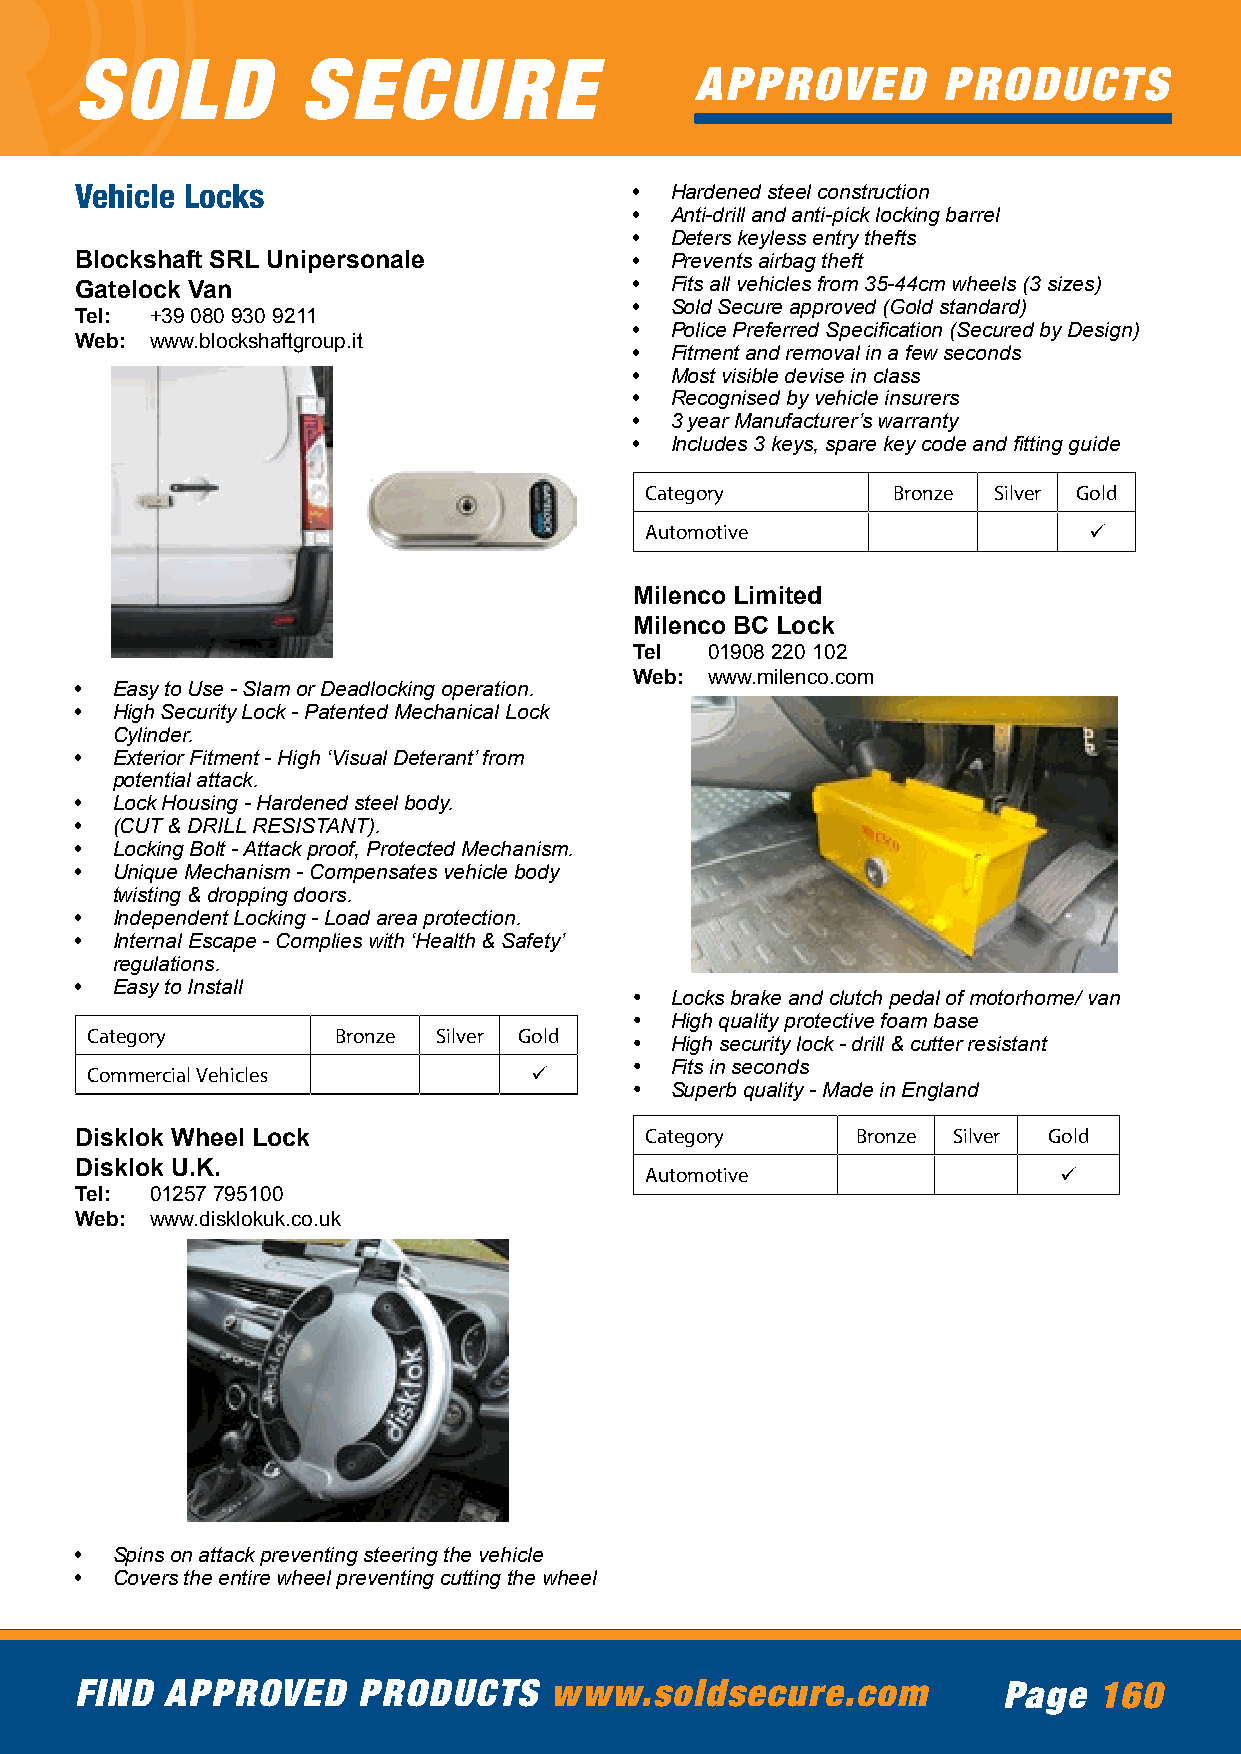
SOLD           SECURE
 APPROVED        PRODUCTS
 Vehicle Locks                        • Hardened steel construction
 • Anti-drill and anti-pick locking barrel
 • Deters keyless entry thefts
 Blockshaft SRL Unipersonale          • Prevents airbag theft
 Gatelock Van                         • Fits all vehicles from 35-44cm wheels (3 sizes)
 • Sold Secure approved (Gold standard)
 Tel: +39 080 930 9211
 • Police Preferred Specification (Secured by Design)
 Web: www.blockshaftgroup.it
 • Fitment and removal in a few seconds
 • Most visible devise in class
 • Recognised by vehicle insurers
 • 3 year Manufacturer’s warranty
 • Includes 3 keys, spare key code and fitting guide
 Category        Bronze Silver Gold
 Automotive                   ü
 Milenco Limited
 Milenco BC Lock
 Tel  01908 220 102
 Web: www.milenco.com
 • Easy to Use - Slam or Deadlocking operation.
 • High Security Lock - Patented Mechanical Lock
 Cylinder.
 • Exterior Fitment - High ‘Visual Deterant’ from
 potential attack.
 • Lock Housing - Hardened steel body.
 • (CUT & DRILL RESISTANT).
 • Locking Bolt - Attack proof, Protected Mechanism.
 • Unique Mechanism - Compensates vehicle body
 twisting & dropping doors.
 • Independent Locking - Load area protection.
 • Internal Escape - Complies with ‘Health & Safety’
 regulations.
 • Easy to Install
 • Locks brake and clutch pedal of motorhome/ van
 • High quality protective foam base
 Category        Bronze Silver Gold
 • High security lock - drill & cutter resistant
 Commercial Vehicles          ü      • Fits in seconds
 • Superb quality - Made in England
 Disklok Wheel Lock                    Category      Bronze Silver Gold
 Disklok U.K.                          Automotive                 ü
 Tel: 01257 795100
 Web: www.disklokuk.co.uk
 • Spins on attack preventing steering the vehicle
 • Covers the entire wheel preventing cutting the wheel
 FIND  APPROVED     PRODUCTS    www.soldsecure.com            Page   160